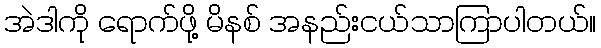
အဲဒါကို ရောက်ဖို့ မိနစ် အနည်းငယ်သာကြာပါတယ်။